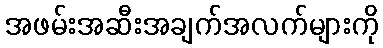
အဖမ်းအဆီးအချက်အလက်များကို